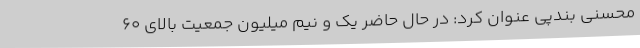
محسنی بندپی عنوان کرد: در حال حاضر یک و نیم میلیون جمعیت بالای ۶۰